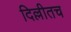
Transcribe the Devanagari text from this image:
दिल्लीतच